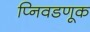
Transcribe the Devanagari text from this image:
प्निवडणूक